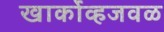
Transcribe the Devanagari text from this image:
खार्कोव्हजवळ